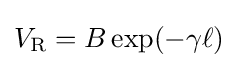
V_{\text{R}}=B\exp(-\gamma \ell )